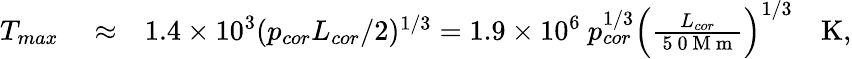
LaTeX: \begin{array}{rlr}{T_{max}}&{{}\approx}&{1.4\times 10^{3}(p_{cor}L_{cor}/2)^{1/3}=1.9\times 10^{6}~p_{cor}^{1/3}\left(\frac{L_{cor}}{\mathrm{~5~0~M~m~}}\right)^{1/3}~~~~\mathrm{K},}\end{array}